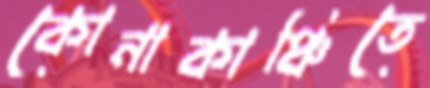
কোনাকাঞ্চিতে